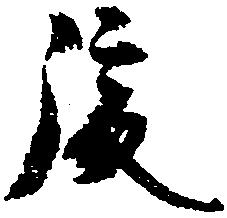
後